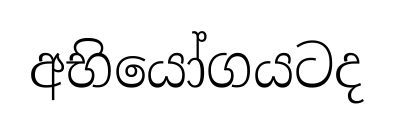
අභියෝගයටද